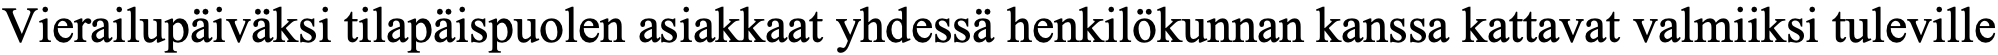
Vierailupäiväksi tilapäispuolen asiakkaat yhdessä henkilökunnan kanssa kattavat valmiiksi tuleville